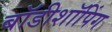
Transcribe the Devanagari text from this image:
बॉडीशॉपिंग